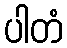
ပါတံ